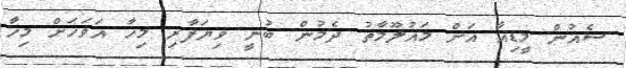
ސެއުން މީޑިއާ އަށް މައުލޫމާތު ދެމުން ބުނީ ވިޔަފާރި މިހާ އަވަހަށް މިހާ